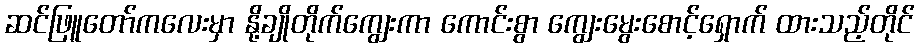
ဆင်ဖြူတော်ကလေးမှာ နို့ချိုတိုက်ကျွေးကာ ကောင်းစွာ ကျွေးမွေးစောင့်ရှောက် ထားသည့်တိုင်